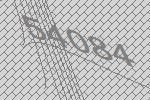
54084